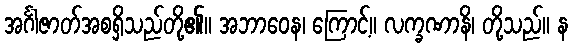
အင်္ဂါဇာတ်အစရှိသည်တို့၏။ အဘာဝေန၊ ကြောင့်။ လက္ခဏာနိ၊ တို့သည်။ န